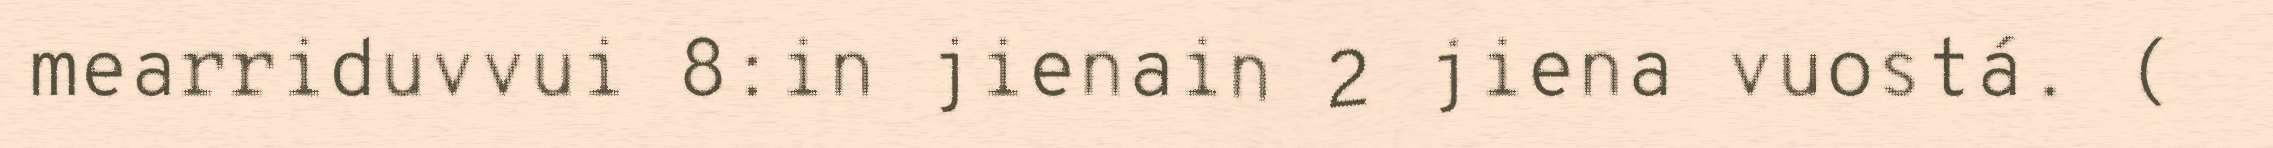
mearriduvvui 8:in jienain 2 jiena vuostá. (